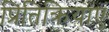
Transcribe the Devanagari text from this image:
प्रितिक्रियाएं